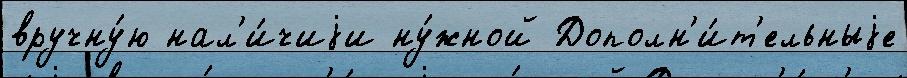
вручну́ю нал'и́чиjи ну́жной Дополн'и́т'ельныjе